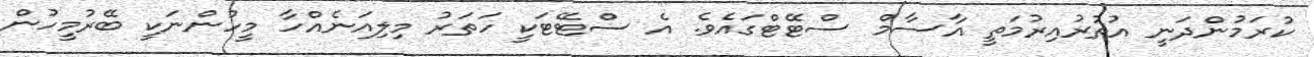
ކުރަމުންދަނީ އުތުރުއިރުމަތީ އާސާމް ސްޓޭޓްގައެވެ. އެ ސްޓޭޓަކީ ހަތަރު މިލިއަނެއްހާ މީހުންނަކީ ބޭރުމީހުން